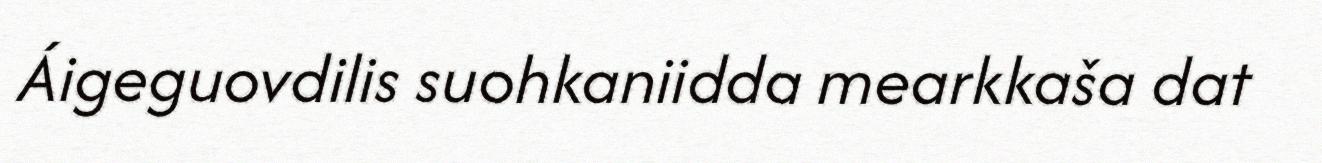
Áigeguovdilis suohkaniidda mearkkaša dat